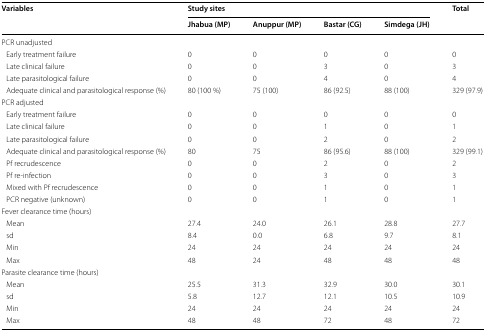
<table><thead><tr><td rowspan="2"><b>Variables</b></td><td colspan="4"><b>Study sites</b></td><td rowspan="2"><b>Total</b></td></tr><tr><td><b>Jhabua (MP)</b></td><td><b>Anuppur (MP)</b></td><td><b>Bastar (CG)</b></td><td><b>Simdega (JH)</b></td></tr></thead><tbody><tr><td colspan="6">PCR unadjusted</td></tr><tr><td> Early treatment failure</td><td>0</td><td>0</td><td>0</td><td>0</td><td>0</td></tr><tr><td> Late clinical failure</td><td>0</td><td>0</td><td>3</td><td>0</td><td>3</td></tr><tr><td> Late parasitological failure</td><td>0</td><td>0</td><td>4</td><td>0</td><td>4</td></tr><tr><td> Adequate clinical and parasitological response (%)</td><td>80 (100 %)</td><td>75 (100)</td><td>86 (92.5)</td><td>88 (100)</td><td>329 (97.9)</td></tr><tr><td colspan="6">PCR adjusted</td></tr><tr><td> Early treatment failure</td><td>0</td><td>0</td><td>0</td><td>0</td><td>0</td></tr><tr><td> Late clinical failure</td><td>0</td><td>0</td><td>1</td><td>0</td><td>1</td></tr><tr><td> Late parasitological failure</td><td>0</td><td>0</td><td>2</td><td>0</td><td>2</td></tr><tr><td> Adequate clinical and parasitological response (%)</td><td>80</td><td>75</td><td>86 (95.6)</td><td>88 (100)</td><td>329 (99.1)</td></tr><tr><td> Pf recrudescence</td><td>0</td><td>0</td><td>2</td><td>0</td><td>2</td></tr><tr><td> Pf re-infection</td><td>0</td><td>0</td><td>3</td><td>0</td><td>3</td></tr><tr><td> Mixed with Pf recrudescence</td><td>0</td><td>0</td><td>1</td><td>0</td><td>1</td></tr><tr><td> PCR negative (unknown)</td><td>0</td><td>0</td><td>1</td><td>0</td><td>1</td></tr><tr><td colspan="6">Fever clearance time (hours)</td></tr><tr><td> Mean</td><td>27.4</td><td>24.0</td><td>26.1</td><td>28.8</td><td>27.7</td></tr><tr><td> sd</td><td>8.4</td><td>0.0</td><td>6.8</td><td>9.7</td><td>8.1</td></tr><tr><td> Min</td><td>24</td><td>24</td><td>24</td><td>24</td><td>24</td></tr><tr><td> Max</td><td>48</td><td>24</td><td>48</td><td>48</td><td>48</td></tr><tr><td colspan="6">Parasite clearance time (hours)</td></tr><tr><td> Mean</td><td>25.5</td><td>31.3</td><td>32.9</td><td>30.0</td><td>30.1</td></tr><tr><td> sd</td><td>5.8</td><td>12.7</td><td>12.1</td><td>10.5</td><td>10.9</td></tr><tr><td> Min</td><td>24</td><td>24</td><td>24</td><td>24</td><td>24</td></tr><tr><td> Max</td><td>48</td><td>48</td><td>72</td><td>48</td><td>72</td></tr></tbody></table>